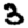
Digit: 3